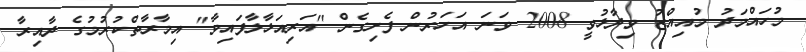
މުހައްމަދު މުއިއްޒު ވިދާޅުވީ 2008 ވަނަ އަހަރުން ފެށިގެން "އަރިއަޅާލާފައިވާ" އިމާރާތްކުރުމުގެ ދާއިރާ